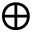
\oplus